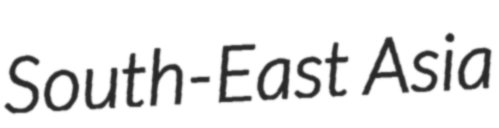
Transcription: South-East Asia